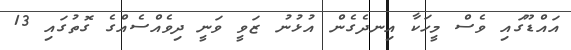
އައްޑޫގައި ވެސް މީހަކާ އިނދެގެން އުޅުނު ޒަވީ ވަނީ ދިވެއްސެއްގެ ގޮތުގައި 13